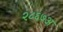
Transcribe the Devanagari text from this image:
२८६७अ